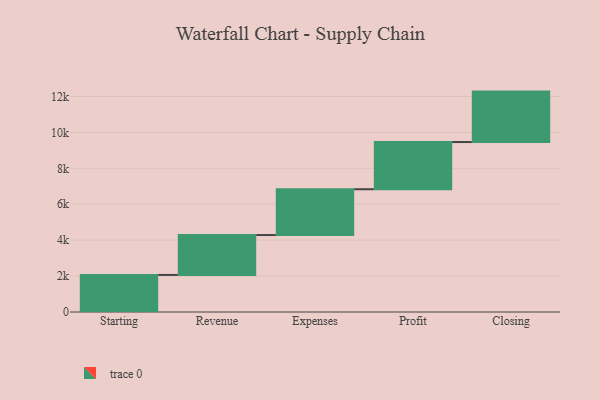
{"axis": {"x": "Step", "y": "Value"}, "legend": [""], "data": [{"x": "Starting", "y": 2064.0, "type": ""}, {"x": "Revenue", "y": 2220.0, "type": ""}, {"x": "Expenses", "y": 2551.0, "type": ""}, {"x": "Profit", "y": 2627.0, "type": ""}, {"x": "Closing", "y": 2809.0, "type": ""}]}